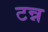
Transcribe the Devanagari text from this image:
टन्न